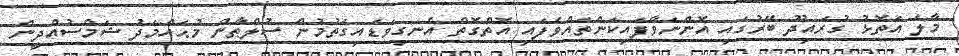
މާލެ އަތޮޅު ގުރައިދޫ ބޭރުގައި އޮންނަވާފައިކަންތައްވެފައި އޮތްގޮތް އެނގިވަޑައިގަތުމުން ސުލްޠާން މުޙައްމަދު ޝަމްސުއްދީން